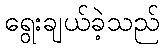
ရွေးချယ်ခဲ့သည်